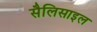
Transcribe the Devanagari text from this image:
सैलिसाइल